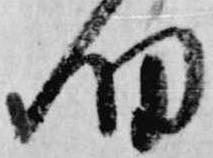
細